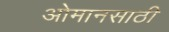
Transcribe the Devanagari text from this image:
ओमानसाठी